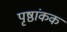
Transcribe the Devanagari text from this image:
पृष्ठांकक